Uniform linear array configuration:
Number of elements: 4
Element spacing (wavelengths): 1
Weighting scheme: blackman
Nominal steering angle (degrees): -15
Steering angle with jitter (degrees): -13.505
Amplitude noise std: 0.05
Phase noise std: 0.05

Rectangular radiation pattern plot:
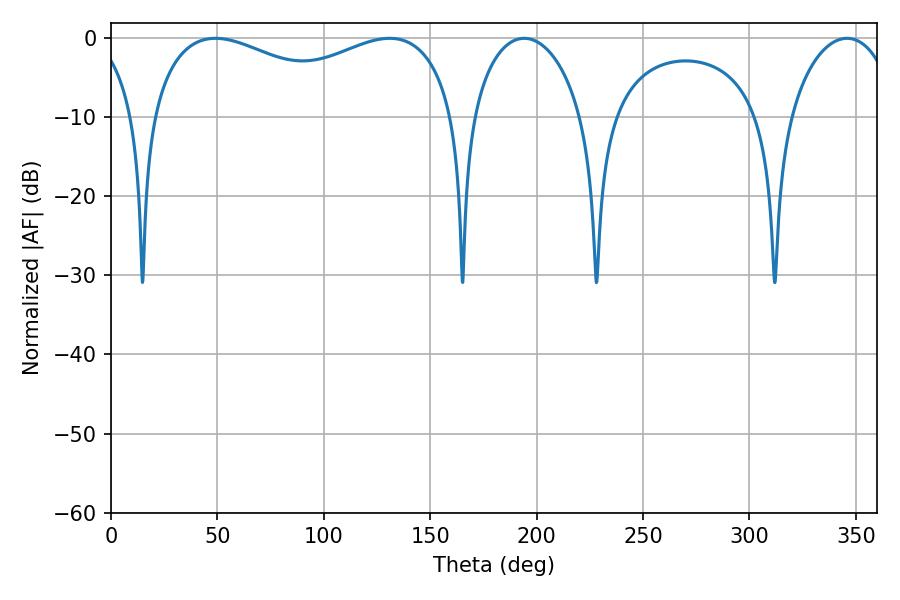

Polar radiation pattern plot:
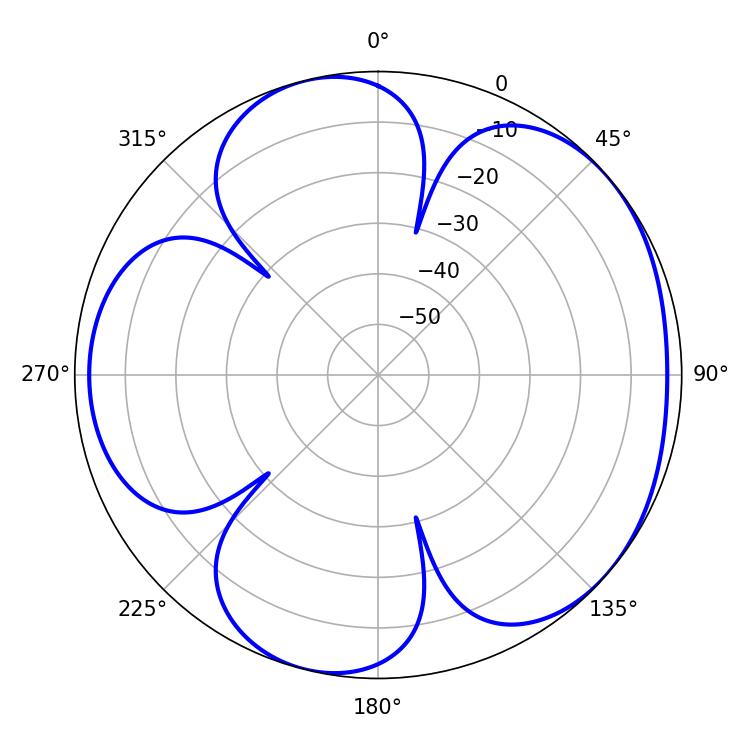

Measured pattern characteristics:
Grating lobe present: TRUE
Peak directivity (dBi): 4.774
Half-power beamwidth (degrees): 119.16
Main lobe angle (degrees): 49.14